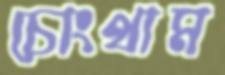
চোংথাম